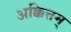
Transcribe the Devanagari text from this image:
अक्कित्तम्